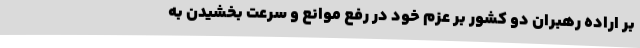
بر اراده رهبران دو کشور بر عزم خود در رفع موانع و سرعت بخشیدن به